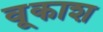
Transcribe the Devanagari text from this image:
वूकाश